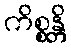
ကိစ္စန္တိ